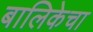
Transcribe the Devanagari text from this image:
बालिकेचा